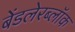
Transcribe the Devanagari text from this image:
बेंडलेरब्लॉक